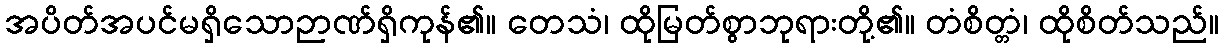
အပိတ်အပင်မရှိသောဉာဏ်ရှိကုန်၏။ တေသံ၊ ထိုမြတ်စွာဘုရားတို့၏။ တံစိတ္တံ၊ ထိုစိတ်သည်။